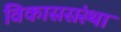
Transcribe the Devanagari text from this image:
विकाससंस्था